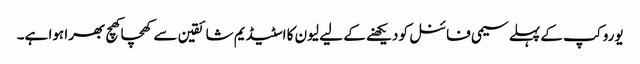
یورو کپ کے پہلے سیمی فائنل کو دیکھنے کے لیے لیون کا اسٹیڈیم شائقین سے کھچا کھچ بھرا ہوا ہے۔